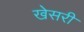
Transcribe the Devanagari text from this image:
खेसरी